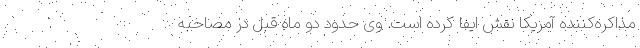
مذاکره‌کننده آمریکا نقش ایفا کرده است. وی حدود دو ماه قبل در مصاحبه